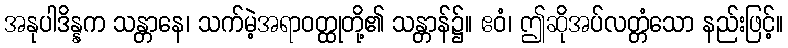
အနုပါဒိန္နက သန္တာနေ၊ သက်မဲ့အရာဝတ္ထုတို့၏ သန္တာန်၌။ ဧဝံ၊ ဤဆိုအပ်လတ္တံသော နည်းဖြင့်။